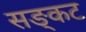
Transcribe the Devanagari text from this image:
सङ्कट